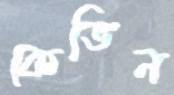
কেভিন